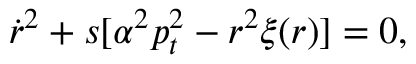
\dot { r } ^ { 2 } + s [ \alpha ^ { 2 } p _ { t } ^ { 2 } - r ^ { 2 } \xi ( r ) ] = 0 ,